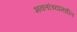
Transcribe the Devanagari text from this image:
भक्तांच्यामधील